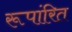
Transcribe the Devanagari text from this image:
रूपांरित